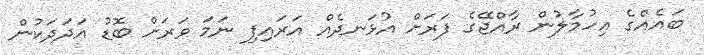
ބައެއްގެ އިހުމާލުން ރާއްޖޭގެ ފަރަށް އުޅަނދެއް އަރައިފި ނަމަ ވަރަށް ބޮޑު އަދަދަކުން